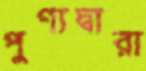
পুণ্যদ্বারা